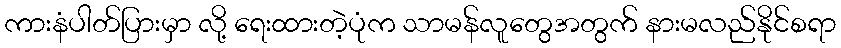
ကားနံပါတ်ပြားမှာ လို့ ရေးထားတဲ့ပုံက သာမန်လူတွေအတွက် နားမလည်နိုင်စရာ